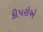
કીપરોએ